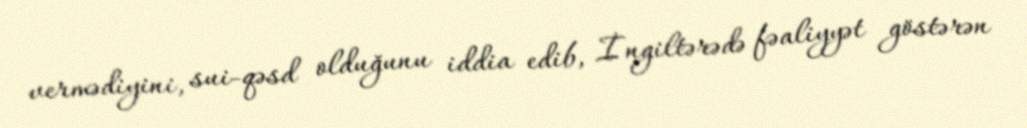
vermədiyini, sui-qəsd olduğunu iddia edib, İngiltərədə fəaliyyət göstərən